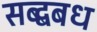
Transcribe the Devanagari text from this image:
सब्द्बबध